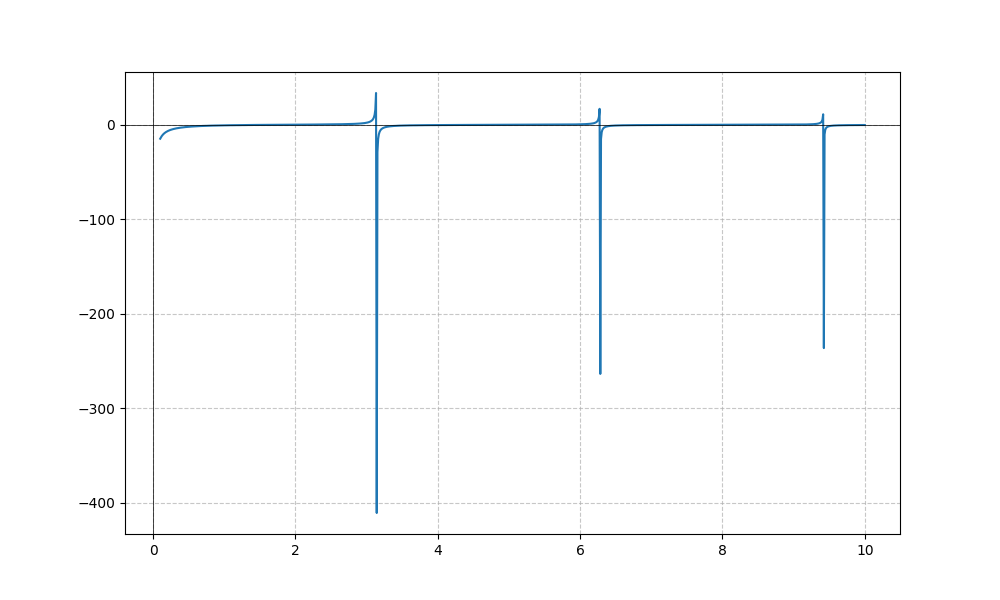
LaTeX formula: - \cot{\left(x \right)} \operatorname{acot}{\left(x \right)}